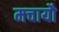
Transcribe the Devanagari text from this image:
मचायौ